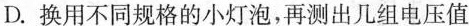
D.换用不同规格的小灯泡，再测出几组电压值